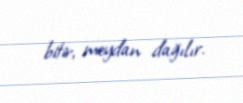
bitir, meydan dağılır.